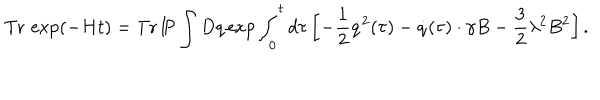
\mathrm { T r } \, \exp ( - H t ) = \mathrm { T r } \, \mathrm { I \! P } \int D q \exp \int _ { 0 } ^ { t } d \tau \left[ - \frac 1 2 \dot { q } ^ { 2 } ( \tau ) - \dot { q } ( \tau ) \cdot \gamma B - \frac 3 2 \lambda ^ { 2 } B ^ { 2 } \right] .